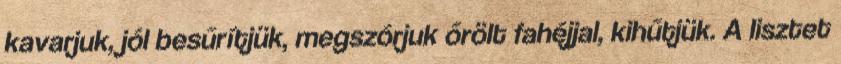
kavarjuk, jól besűrítjük, megszórjuk őrölt fahéjjal, kihűtjük. A lisztet